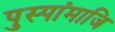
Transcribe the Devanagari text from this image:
पुस्पांमाजि